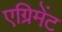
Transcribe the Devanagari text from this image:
एग्रिमेंट